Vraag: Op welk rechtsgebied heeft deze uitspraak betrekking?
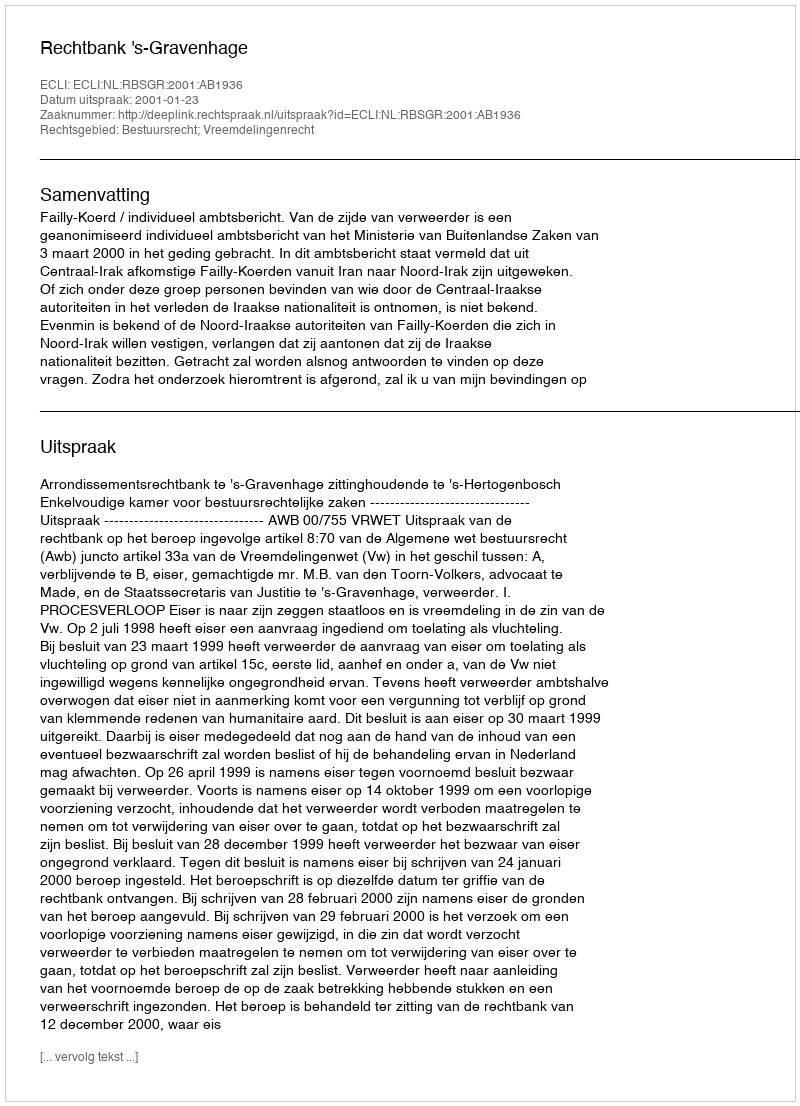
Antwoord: Bestuursrecht; Vreemdelingenrecht